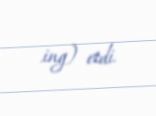
.ing) etdi.